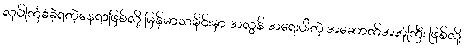
လုပ်ကြံခံခဲ့ရတဲ့နေရာဖြစ်လို့ မြန်မာသမိုင်းမှာ အလွန် အရေးပါတဲ့ အဆောက်အအုံကြီး ဖြစ်လို့